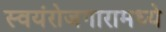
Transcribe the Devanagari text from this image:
स्वयंरोजगारामध्ये